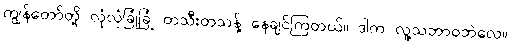
ကျွန်တော်တို့ လုံလုံခြုံခြုံ တသီးတသန့် နေချင်ကြတယ်။ ဒါက လူ့သဘာဝဘဲလေ။